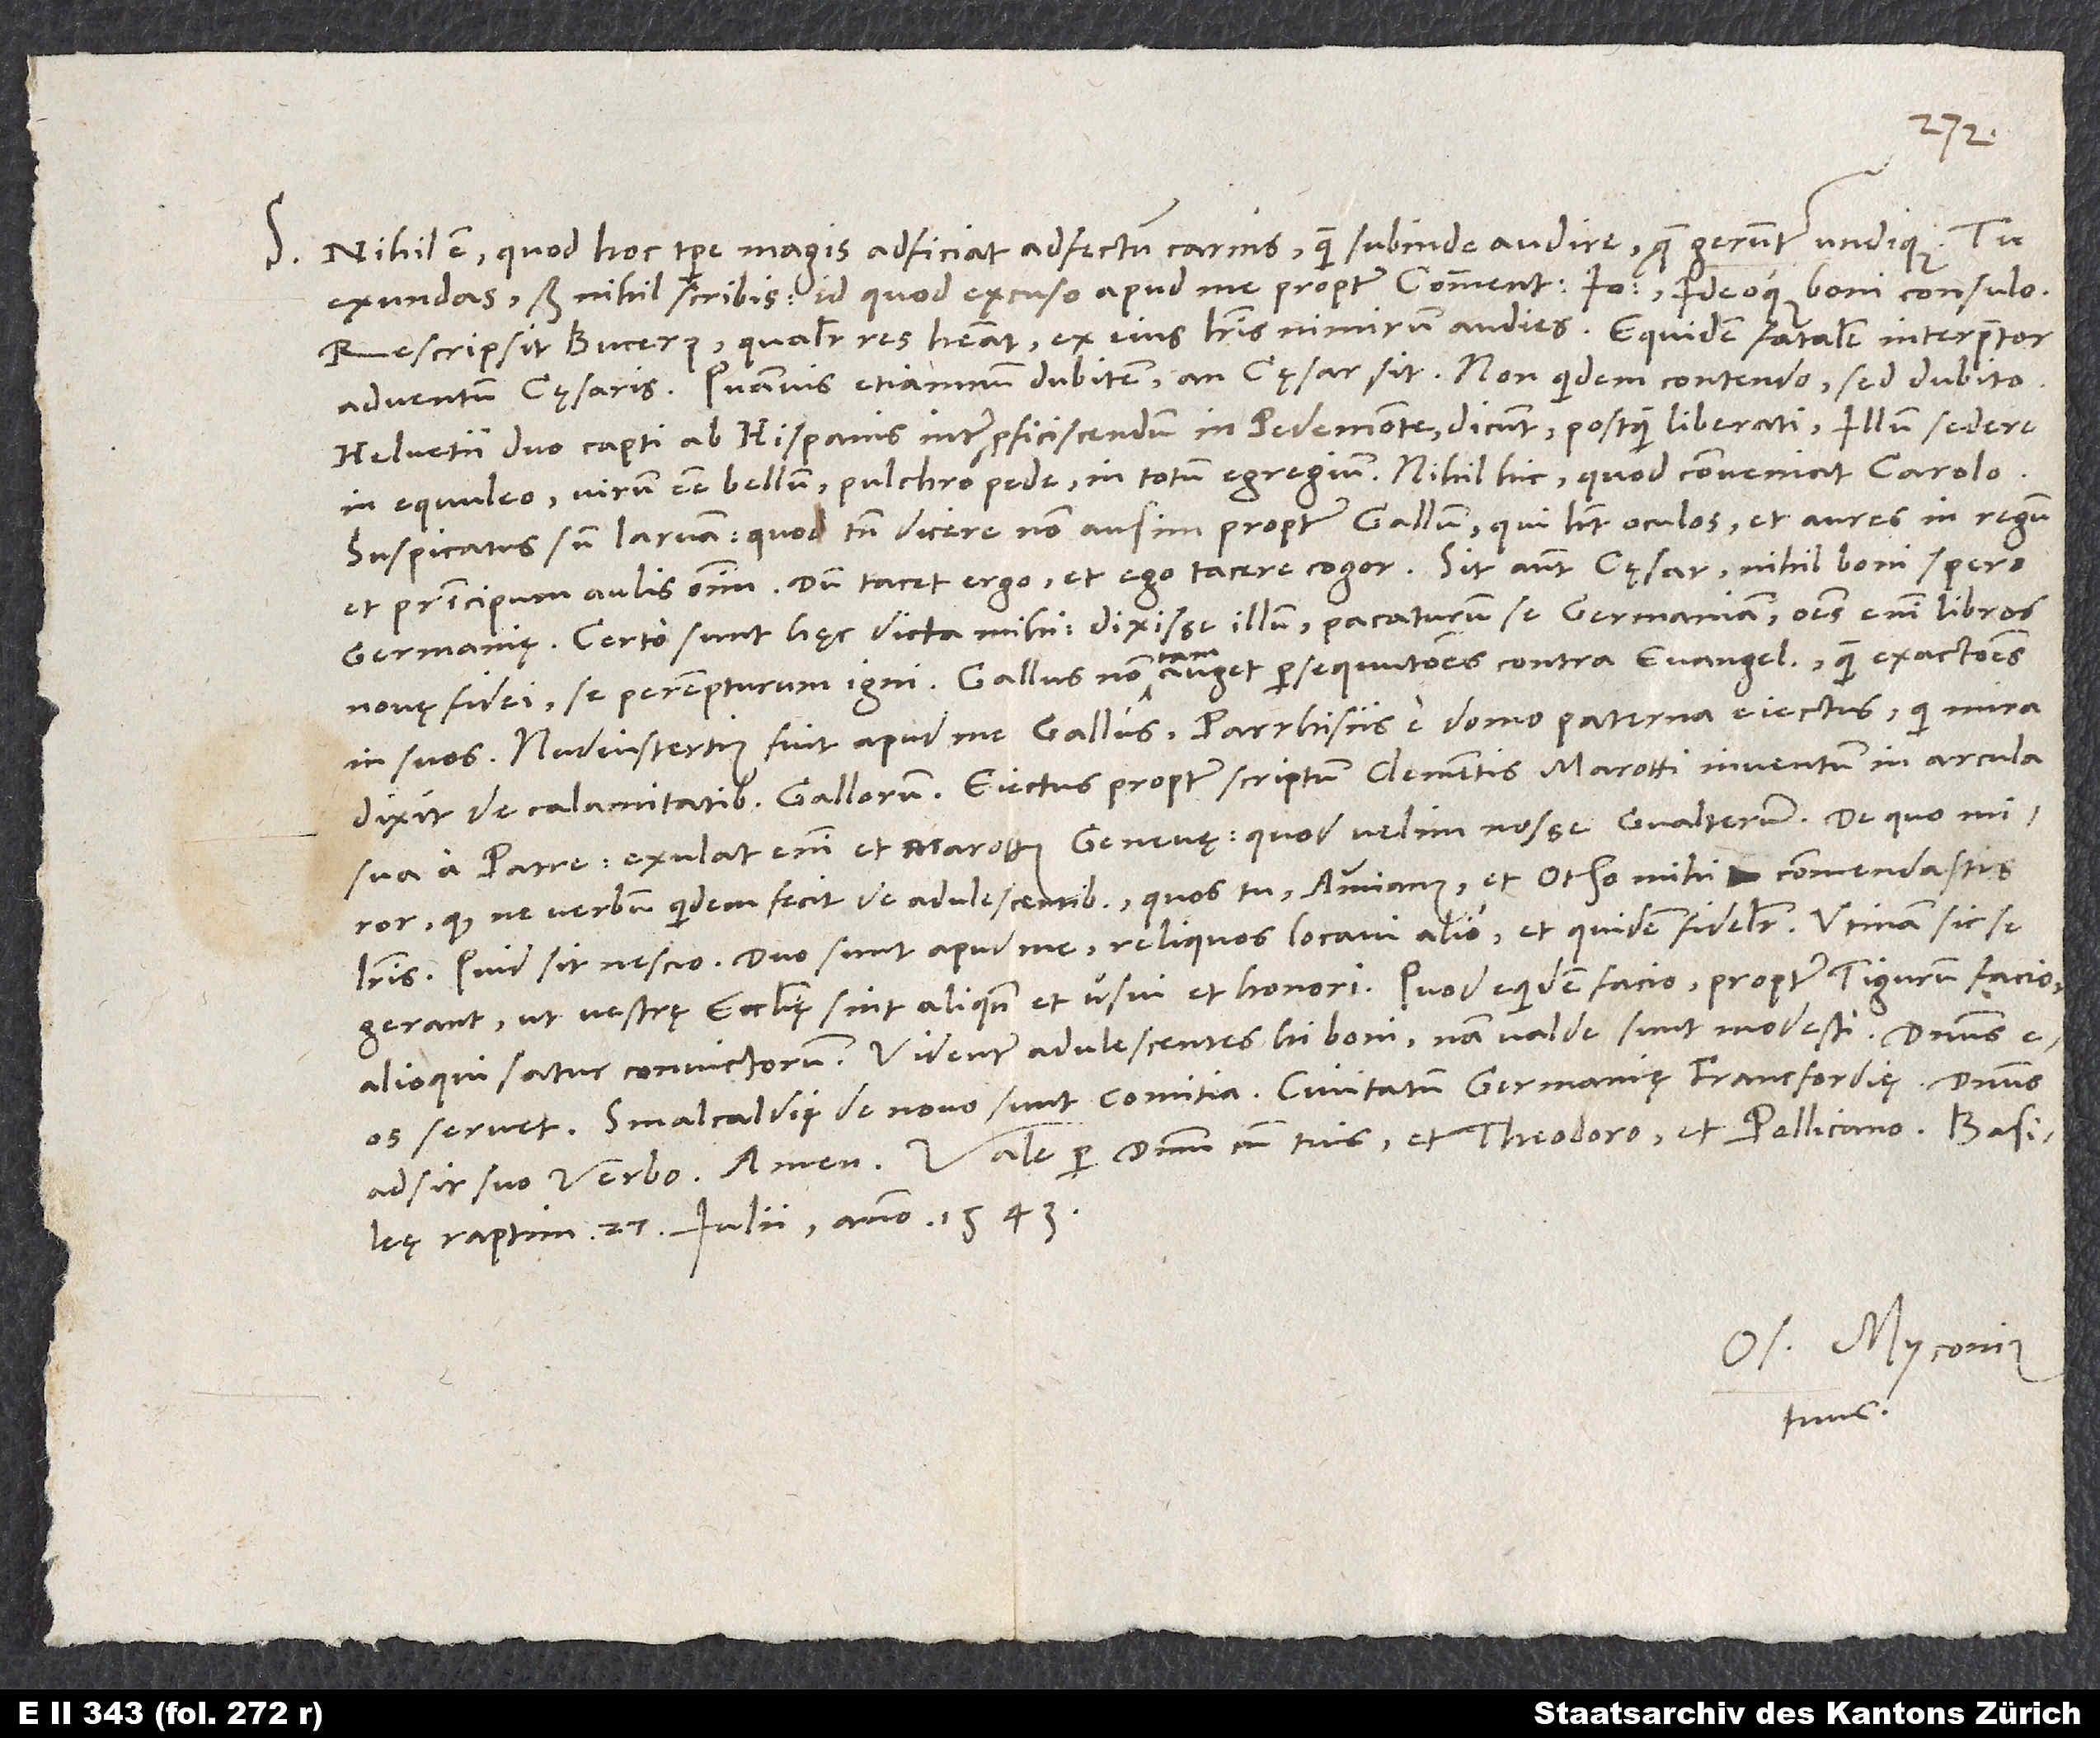
S. Nihil est, quod hoc tempore magis adficiat adfectum carnis, quam subinde audire, quę geruntur undique. Tu
exundas, sed nihil scribis, id quod excuso apud me propter Comment ideoque boni consulo.
Rescripsit Bucerus; qualiter res habeat, ex eius literis nimirum audies. Equidem fatalem interpretor
adventum cęsaris. Quamvis etiamnum dubitem, an cęsar sit; non quidem contendo, sed dubito.
Helvetii duo capti ab Hispanis inter proficiscendum in Pedemonte dicunt, postquam liberati, illum sedere
Suspicatus sum larvam, quod tamen dicere non ausim propter Gallum, qui habet oculos et aures in regum
et principum aulis omnium. Dum tacet ergo, et ego tacere cogor. Sit autem cęsar, nihil boni spero
Germanię. Certo sunt hęc dicta mihi dixisse illum pacaturum se Germaniam; omnes enim libros
in suos. Nudiustertius fuit apud me Gallus Parrhisiis e domo paterna eiectus, qui mira
dixit de calamitatibus Gallorum. Eiectus propter scriptum Clementis Marotti inventum in arcula
sua a patre; exulat enim et Marottus Genevę, quod velim nosse Gvalterum. De quo miror,
quod ne verbum quidem fecit de adulescentibus, quos tu, Ammianus et Otho mihi commendastis
literis. Quid sit, nescio. Duo sunt apud me, reliquos locavi alio et quidem fideliter. Utinam sic se
gerant, ut vestrę ecclesię sint aliquando et usui et honori! Quod equidem facio, propter Tigurum facio,
alioqui satur convictorum. Videntur adulescentes hi boni; nam valde sunt modesti.
Smalcaldię de novo sunt comitia, civitatum Germanię Francfordię.
Vale per dominum cum tuis et Theodoro et Pellicano.
raptim, 27. iulii anno 1543.
Os. Myconius
tuus.